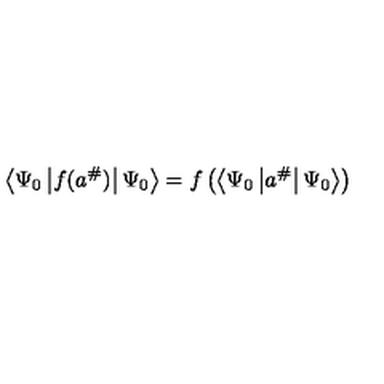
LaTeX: \left\langle \Psi _ { 0 } \left| f ( a ^ { \# } ) \right| \Psi _ { 0 } \right\rangle = f \left( \left\langle \Psi _ { 0 } \left| a ^ { \# } \right| \Psi _ { 0 } \right\rangle \right)